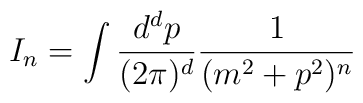
I_n= \int \frac{d^dp}{(2\pi)^d}\frac{1}{(m^2+p^2)^n}